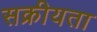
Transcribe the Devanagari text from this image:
सक्रीयता